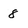
Character: 8